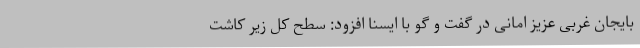
بایجان غربی عزیز امانی در گفت و گو با ایسنا افزود: سطح کل زیر کاشت